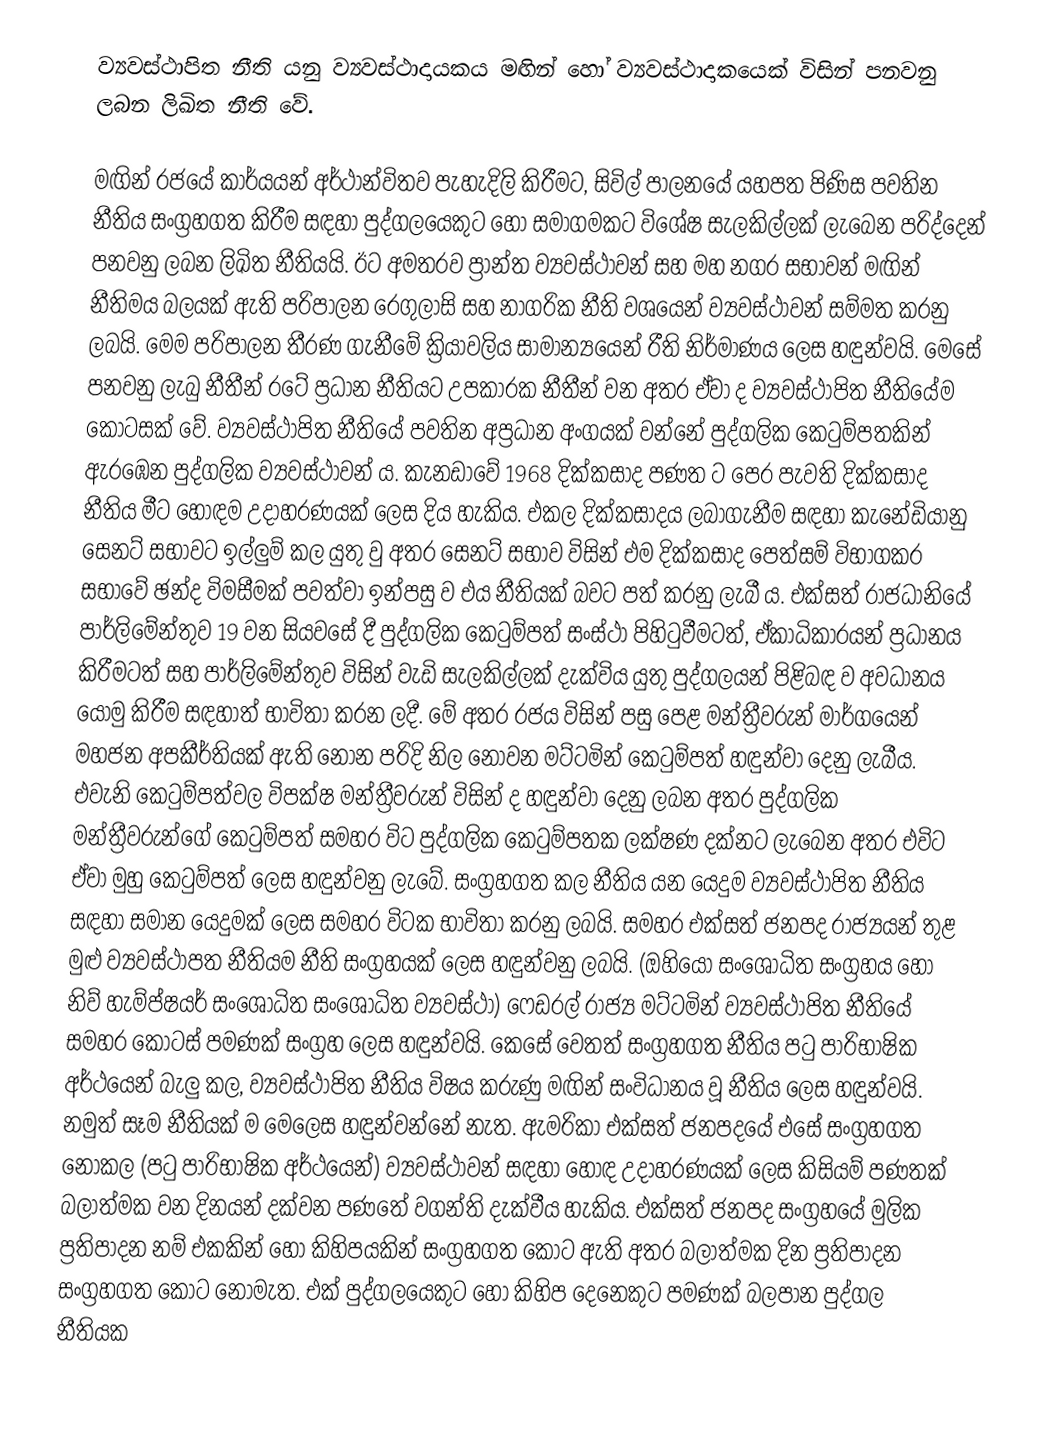
ව්‍යවස්ථාපිත නීති යනු ව්‍යවස්ථාදායකය මඟින් හෝ ව්‍යවස්ථාදාකයෙක් විසින් පනවනු ලබන ලිඛිත නීති වේ.

මඟින් රජයේ කාර්යයන් අර්ථාන්විතව පැහැදිලි කිරීමට, සිවිල් පාලනයේ යහපත පිණිස පවතින නීතිය සංග්‍රහගත කිරීම සඳහා පුද්ගලයෙකුට හෝ සමාගමකට විශේෂ සැලකිල්ලක් ලැබෙන පරිද්දෙන් පනවනු ලබන ලිඛිත නීතියයි. ඊට අමතරව ප්‍රාන්ත ව්‍යවස්ථාවන් සහ මහ නගර සභාවන් මඟින් නීතිමය බලයක් ඇති පරිපාලන රෙගුලාසි සහ නාගරික නීති වශයෙන් ව්‍යවස්ථාවන් සම්මත කරනු ලබයි. මෙම පරිපාලන තීරණ ගැනීමේ ක්‍රියාවලිය සාමාන්‍යයෙන් රීති නිර්මාණය ලෙස හඳුන්වයි. මෙසේ පනවනු ලැබු නීතීන් රටේ ප්‍රධාන නීතියට උපකාරක නීතීන් වන අතර ඒවා ද ව්‍යවස්ථාපිත නීතියේම කොටසක් වේ. ව්‍යවස්ථාපිත නීතියේ පවතින අප්‍රධාන අංගයක් වන්නේ පුද්ගලික කෙටුම්පතකින් ඇරඹෙන පුද්ගලික ව්‍යවස්ථාවන් ය. කැනඩාවේ 1968 දික්කසාද පණත ට පෙර පැවති දික්කසාද නීතිය මීට හොඳම උදාහරණයක් ලෙස දිය හැකිය. එකල දික්කසාදය ලබාගැනීම සඳහා කැනේඩියානු සෙනට් සභාවට ඉල්ලුම් කල යුතු වු  අතර සෙනට් සභාව විසින් එම දික්කසාද පෙත්සම් විභාගකර සභාවේ ඡන්ද විමසීමක් පවත්වා ඉන්පසු ව එය නීතියක් බවට පත් කරනු ලැබී ය. එක්සත් රාජධානියේ පාර්ලිමේන්තුව 19 වන සියවසේ දී පුද්ගලික කෙටුම්පත් සංස්ථා පිහිටුවීමටත්, ඒකාධිකාරයන් ප්‍රධානය කිරීමටත් සහ පාර්ලිමේන්තුව විසින් වැඩි සැලකිල්ලක්  දැක්විය යුතු පුද්ගලයන් පිළිබඳ ව අවධානය යොමු කිරීම සඳහාත් භාවිතා කරන ලදී. මේ අතර රජය විසින් පසු පෙළ මන්ත්‍රීවරුන් මාර්ගයෙන් මහජන අපකීර්තියක් ඇති නොන පරිදි නිල නොවන මට්ටමින් කෙටුම්පත් හඳුන්වා දෙනු ලැබීය. එවැනි කෙටුම්පත්වල  විපක්ෂ මන්ත්‍රීවරුන් විසින් ද හඳුන්වා දෙනු ලබන අතර පුද්ගලික මන්ත්‍රීවරුන්ගේ කෙටුම්පත් සමහර විට පුද්ගලික කෙටුම්පතක ලක්ෂණ දක්නට ලැබෙන අතර එවිට ඒවා මුහු කෙටුම්පත් ලෙස හඳුන්වනු ලැබේ. සංග්‍රහගත කල නීතිය යන යෙදුම ව්‍යවස්ථාපිත නීතිය සඳහා සමාන යෙදුමක් ලෙස සමහර විටක භාවිතා කරනු ලබයි. සමහර එක්සත් ජනපද රාජ්‍යයන් තුළ මුළු ව්‍යවස්ථාපත නීතියම නීති සංග්‍රහයක් ලෙස හඳුන්වනු ලබයි. (ඔහියෝ සංශෝධිත සංග්‍රහය හෝ නිව් හැම්ප්ෂයර් සංශෝධිත සංශෝධිත ව්‍යවස්ථා) ෆෙඩරල් රාජ්‍ය මට්ටමින් ව්‍යවස්ථාපිත නීතියේ සමහර කොටස් පමණක් සංග්‍රහ ලෙස හඳුන්වයි. කෙසේ වෙතත් සංග්‍රහගත නීතිය පටු පාරිභාෂික අර්ථයෙන් බැලු කල, ව්‍යවස්ථාපිත නීතිය විෂය කරුණු මඟින් සංවිධානය වූ නීතිය ලෙස හඳුන්වයි. නමුත් සෑම නීතියක් ම මෙලෙස හඳුන්වන්නේ නැත. ඇමරිකා එක්සත් ජනපදයේ එසේ සංග්‍රහගත නොකල (පටු පාරිභාෂික අර්ථයෙන්) ව්‍යවස්ථාවන් සඳහා හොඳ උදාහරණයක් ලෙස කිසියම් පණතක් බලාත්මක වන දිනයන් දක්වන පණතේ වගන්ති දැක්වීය හැකිය. එක්සත් ජනපද සංග්‍රහයේ මුලික ප්‍රතිපාදන නම් එකකින් හෝ කිහිපයකින් සංග්‍රහගත කොට ඇති අතර බලාත්මක දින ප්‍රතිපාදන සංග්‍රහගත කොට නොමැත. එක් පුද්ගලයෙකුට හෝ කිහිප දෙනෙකුට පමණක් බලපාන පුද්ගල නීතියක